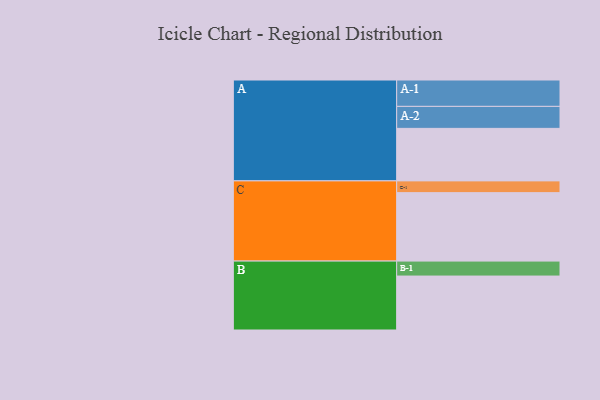
{"axis": {"x": "Segment", "y": "Value"}, "legend": ["", "A", "B", "C"], "data": [{"x": "A", "y": 442, "type": ""}, {"x": "B", "y": 454, "type": ""}, {"x": "C", "y": 576, "type": ""}, {"x": "A-1", "y": 222, "type": "A"}, {"x": "A-2", "y": 185, "type": "A"}, {"x": "B-1", "y": 126, "type": "B"}, {"x": "C-1", "y": 99, "type": "C"}]}